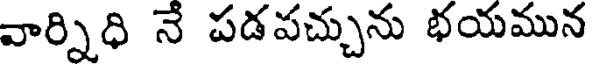
వార్నిధి నే పడపచ్చును భయమున